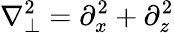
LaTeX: \nabla_{\perp}^{2}=\partial_{x}^{2}+\partial_{z}^{2}